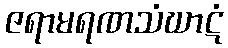
ဇရာမရဏသံဃာဋံ